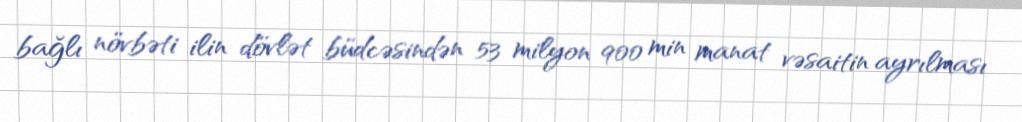
bağlı növbəti ilin dövlət büdcəsindən 53 milyon 900 min manat vəsaitin ayrılması